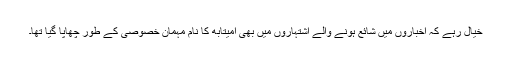
خیال رہے کہ اخباروں میں شائع ہونے والے اشتہاروں میں بھی امیتابھ کا نام مہمانِ خصوصی کے طور چھاپا گیا تھا۔